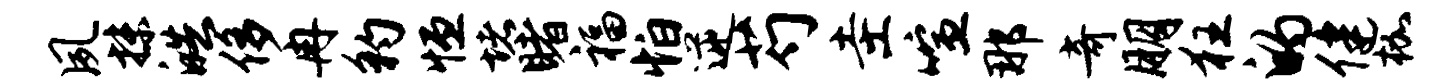
夙抹皓侈冉豹恒堵睹福怕逆芍圭喧那奇朋狂的健枷